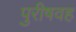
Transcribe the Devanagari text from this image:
पुरीषवह